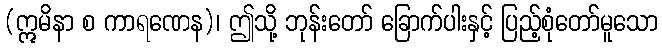
(ဣမိနာ စ ကာရဏေန)၊ ဤသို့ ဘုန်းတော် ခြောက်ပါးနှင့် ပြည့်စုံတော်မူသော